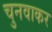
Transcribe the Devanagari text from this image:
चुनवाकर